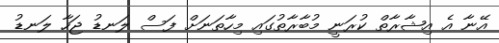
އޭނާ އެ އިޝާރާތް ކުރަނީ މުބާރާތުގައި މިހާތަނަށް ފަސް ލަނޑު ޖަހާ ލަނޑު